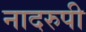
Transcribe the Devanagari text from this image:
नादरुपी